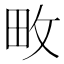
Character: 畋